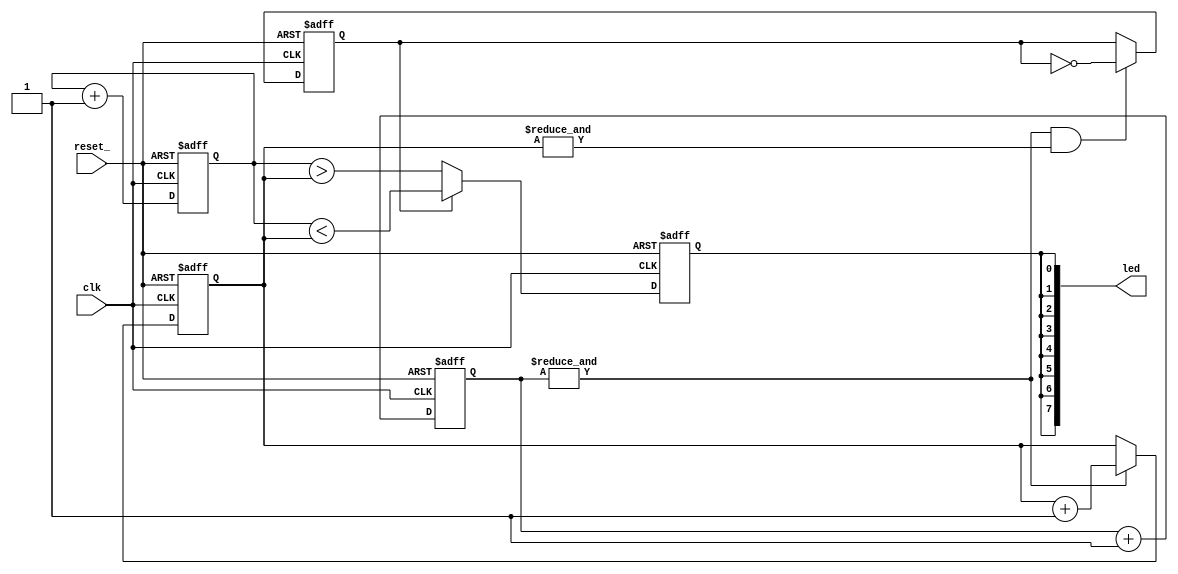
module breathingled (
  clk,
  reset_,
  led
  );
  input clk;
  input reset_;
  output [7:0] led;
  reg [18:0] next_ctr;            
  reg [6:0] duty_ctr;             
  reg [6:0] duty_cycle;           
  reg inhale;                     
  reg led_state;                  
  assign led = {8{led_state}};    
  assign next = &next_ctr;        
  always@ (posedge clk or negedge reset_)
    if (!reset_)
      next_ctr <= 19'd0;
    else
      next_ctr <= next_ctr + 19'd1;
  always@ (posedge clk or negedge reset_)
    if (!reset_)
      duty_cycle <= 7'd0;
    else if (next)
      duty_cycle <= duty_cycle + 7'd1;
  always@ (posedge clk or negedge reset_)
    if (!reset_)
      duty_ctr <= 7'd0;
    else
      duty_ctr <= duty_ctr + 7'd1;
  always@ (posedge clk or negedge reset_)
    if (!reset_)
      inhale <= 1'b0;
    else if (next && &duty_cycle)
      inhale <= ~inhale;
  always@ (posedge clk or negedge reset_)
    if (!reset_)
      led_state <= 1'b0;
    else if (inhale)
      led_state <= (duty_ctr < duty_cycle);
    else
      led_state <= (duty_ctr > duty_cycle);
endmodule